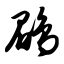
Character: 鹛